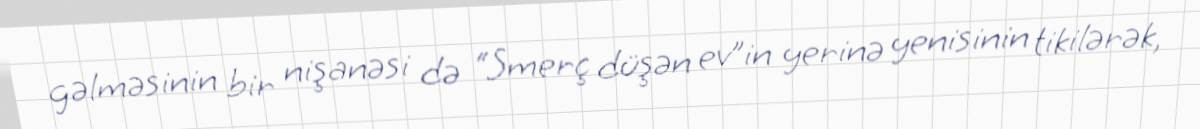
gəlməsinin bir nişanəsi də “Smerç düşən ev”in yerinə yenisinin tikilərək,